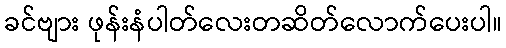
ခင်ဗျား ဖုန်းနံပါတ်လေးတဆိတ်လောက်ပေးပါ။